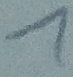
Text: 1